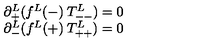
\begin{array} { l l } { \partial _ { + } ^ { L } ( f ^ { L } ( - ) \: T _ { -- } ^ { L } ) = 0 } \\ { \partial _ { - } ^ { L } ( f ^ { L } ( + ) \: T _ { + + } ^ { L } ) = 0 } \\ \end{array}